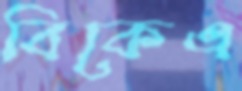
বিকেএ